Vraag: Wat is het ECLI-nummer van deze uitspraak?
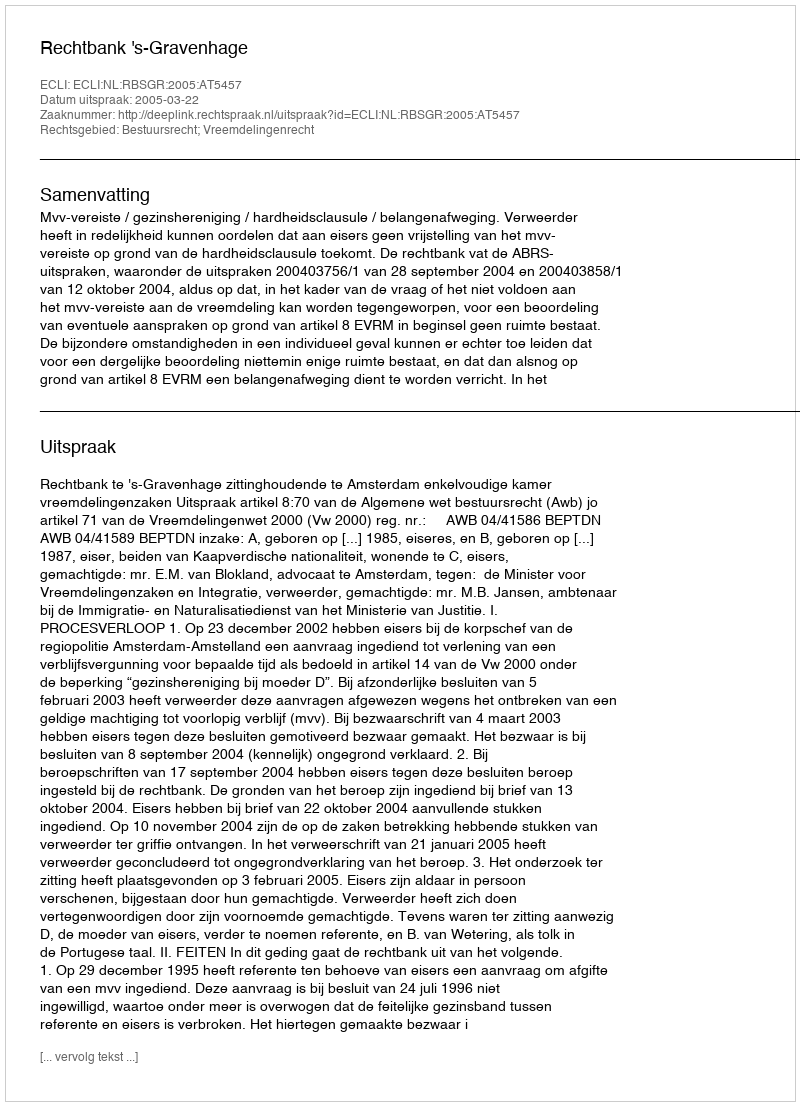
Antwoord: ECLI:NL:RBSGR:2005:AT5457